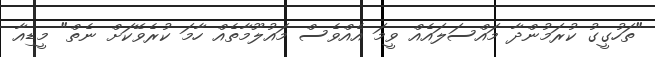
"ތަހުގީގު ކުރަމުންދާ މައްސަލައެއް ވީމަ އެއްވެސް މައުލޫމާތެއް ހާމަ ކުރެވޭކަށް ނެތް" މީޑިއާ